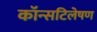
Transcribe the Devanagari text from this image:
कॉन्सटिलेषण